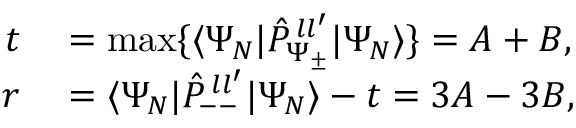
\begin{array} { r l } { t } & { { } = \operatorname* { m a x } \{ \langle \Psi _ { N } | \hat { P } _ { \Psi _ { \pm } } ^ { \, l l ^ { \prime } } | \Psi _ { N } \rangle \} = A + B , } \\ { r } & { { } = \langle \Psi _ { N } | \hat { P } _ { -- } ^ { \, l l ^ { \prime } } | \Psi _ { N } \rangle - t = 3 A - 3 B , } \end{array}